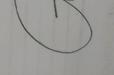
Signature authenticity: genuine